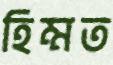
হিম্মত